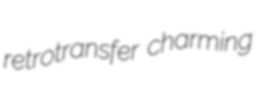
retrotransfer charming